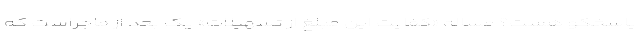
پاسخگو هست؟ مساله «کفایت این مبلغ از تسهیلات» یک بُعد از ماجراست که